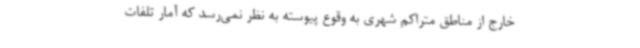
خارج از مناطق متراکم شهری به وقوع پیوسته به نظر نمی‌رسد که آمار تلفات